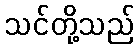
သင်တို့သည်